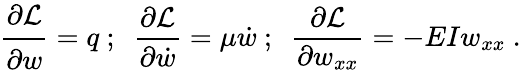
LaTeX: {\cfrac{\partial{\mathcal{L}}}{\partial w}}=q~;~~{\frac{\partial{\mathcal{L}}}{\partial{\dot{w}}}}=\mu{\dot{w}}~;~~{\frac{\partial{\mathcal{L}}}{\partial w_{xx}}}=-EIw_{xx}~.